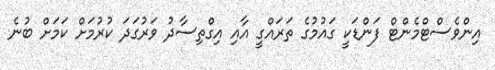
އިންވެސްޓްމެންޓް ފަންޑަކީ ގައުމުގެ ތަރައްގީ އާއި އިގްތިސާދު ވަރުގަދަ ކުރުމަށް ކަމަށް ބުނެ